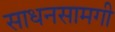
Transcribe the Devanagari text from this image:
साधनसामगी